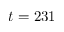
t = 2 3 1